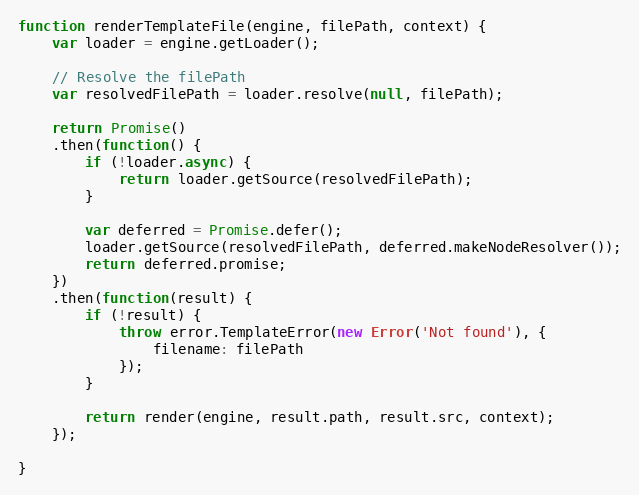
Language: JavaScript
function renderTemplateFile(engine, filePath, context) {
    var loader = engine.getLoader();

    // Resolve the filePath
    var resolvedFilePath = loader.resolve(null, filePath);

    return Promise()
    .then(function() {
        if (!loader.async) {
            return loader.getSource(resolvedFilePath);
        }

        var deferred = Promise.defer();
        loader.getSource(resolvedFilePath, deferred.makeNodeResolver());
        return deferred.promise;
    })
    .then(function(result) {
        if (!result) {
            throw error.TemplateError(new Error('Not found'), {
                filename: filePath
            });
        }

        return render(engine, result.path, result.src, context);
    });

}